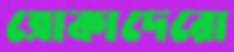
ত্রোকাদেরো